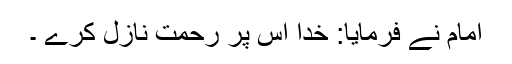
امام نے فرمایا: خدا اس پر رحمت نازل کرے ۔